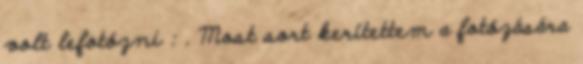
volt lefotózni : . Most sort kerítettem a fotózására